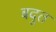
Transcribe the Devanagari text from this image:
बदुत